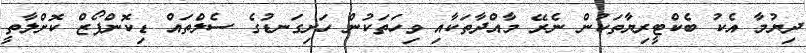
ދިޔުމާ އެކު ބެކްޓީރިޔާތަކުން ނެރޭ މާއްދާތަކާއި ވިހަތަކުން ހަށިގަނޑުގެ ސެލްތައް ޑިކޮންޕޯޒް ކޮށްލާތީ